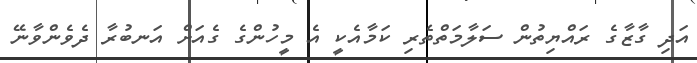
އަދި ގާޒާގެ ރައްޔިތުން ސަލާމަތްތެރި ކަމާއެކީ އެ މީހުންގެ ގެއަށް އަނބުރާ ދެވެންވާނޭ